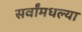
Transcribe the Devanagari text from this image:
सर्वांमधल्या